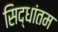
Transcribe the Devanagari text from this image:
सिद्धांतम